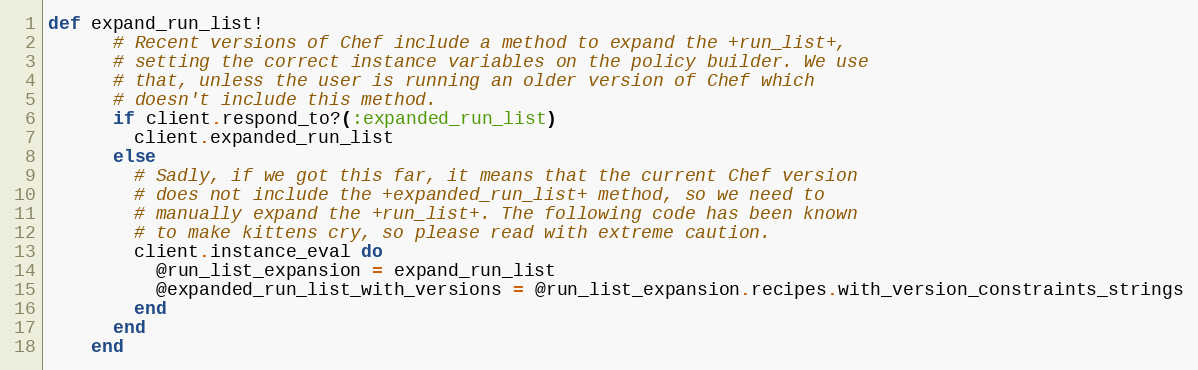
Language: Ruby
def expand_run_list!
      # Recent versions of Chef include a method to expand the +run_list+,
      # setting the correct instance variables on the policy builder. We use
      # that, unless the user is running an older version of Chef which
      # doesn't include this method.
      if client.respond_to?(:expanded_run_list)
        client.expanded_run_list
      else
        # Sadly, if we got this far, it means that the current Chef version
        # does not include the +expanded_run_list+ method, so we need to
        # manually expand the +run_list+. The following code has been known
        # to make kittens cry, so please read with extreme caution.
        client.instance_eval do
          @run_list_expansion = expand_run_list
          @expanded_run_list_with_versions = @run_list_expansion.recipes.with_version_constraints_strings
        end
      end
    end